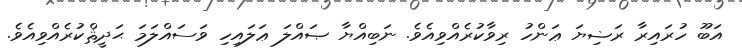
އަބޫ ހުރައިރާ ރަޟިޔަ ޢަންހު ރިވާކުރެއްވިއެވެ. ނަބިއްޔާ ޞައްލަ ޢަލައިހި ވަސައްލަމަ ޙަދީޘްކުރެއްވިއެވެ.